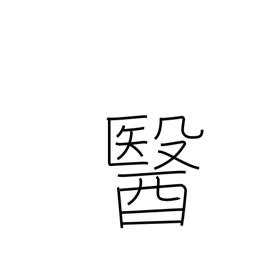
Meaning: medicine